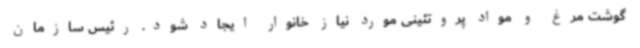
گوشت مرغ و مواد پروتئینی مورد نیاز خانوار ایجاد شود. رئیس سازمان